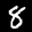
Label: 8